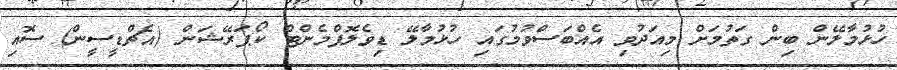
ހުޅުމާލޭން ބިން ގަތުމަށް މިއަދުވި އެއްބަސްވުމުގައި ހުޅުމާލޭ ޑިވެލޮޕްމެންޓް ކޯޕަރޭޝަން (އެޗްޑީސީން) ސޮއި